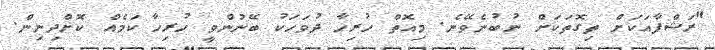
"ރަޝްފާއަކަށް ތިގޮތަކަށް ނުބުނެވޭނެ. މިއޮތް ހުރިހާ ދުވަހަކު ބޭނުންވީ ހުރިހާ ކަމެއް ކޮށްދިނިން.